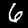
Label: 6